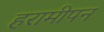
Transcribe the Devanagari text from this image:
हरामीपन